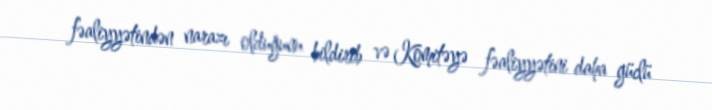
fəaliyyətindən narazı olduğunu bildirib və Komitəyə fəaliyyətini daha güclü